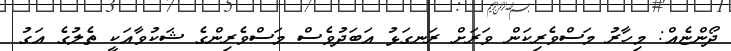
ދޯންޏެއް: މިހާރު މަސްވެރިކަން ވަރަށް ރަނގަޅު އަބަދުވެސް މަސްވެރިންގެ ޝަކުވާއަކީ ތެލުގެ އަގު